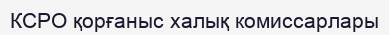
КСРО қорғаныс халық комиссарлары